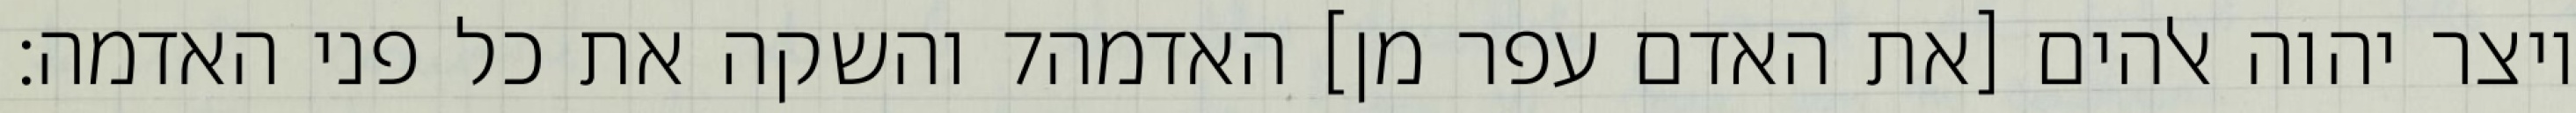
והשקה את כל פני האדמה׃ ‎7‏ ויצר יהוה אלהים [את האדם עפר מן] האדמה